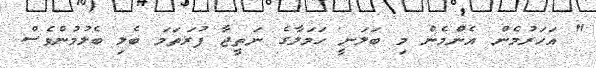
" އަހަރުމެން އެންމެން މި ބަލަނީ ހަމަލާގެ ނަތީޖާ ފުރަތަމަ ބެލި ބެލުމުންވެސް